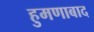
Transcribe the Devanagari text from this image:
हुमणाबाद